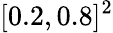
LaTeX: [0.2,0.8]^{2}